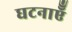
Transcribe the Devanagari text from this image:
घटनाऍँ